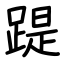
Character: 踶